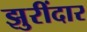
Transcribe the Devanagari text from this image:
झुरींदार